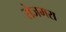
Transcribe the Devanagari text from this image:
रोजमरा